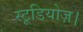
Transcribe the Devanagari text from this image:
स्टूडियोज़।